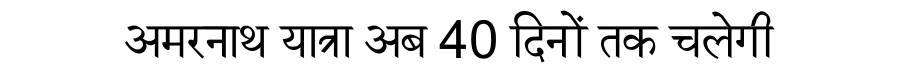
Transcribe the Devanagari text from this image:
अमरनाथ यात्रा अब 40 दिनों तक चलेगी